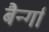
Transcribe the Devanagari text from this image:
बैर्न्गा